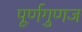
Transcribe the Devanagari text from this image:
पूर्णगुणज